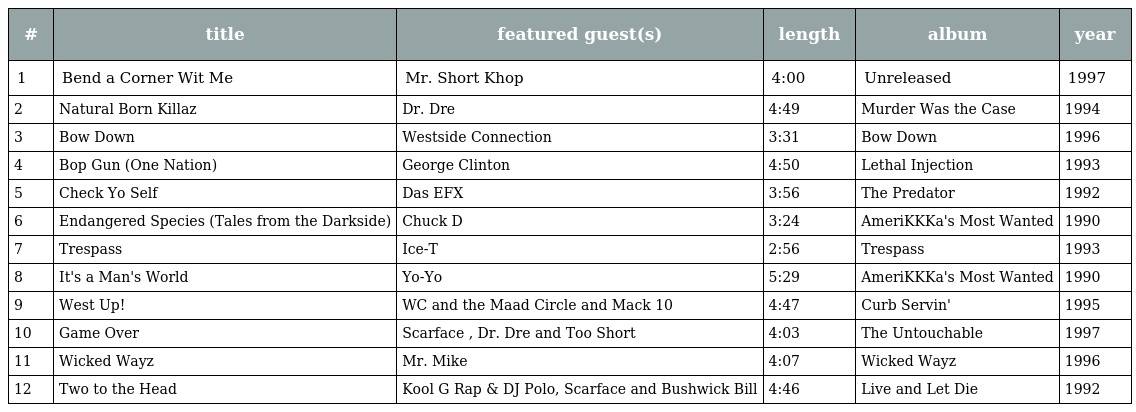
| # | title | featured guest(s) | length | album | year |
 | --- | --- | --- | --- | --- | --- |
 | 1 | Bend a Corner Wit Me | Mr. Short Khop | 4:00 | Unreleased | 1997 |
 | 2 | Natural Born Killaz | Dr. Dre | 4:49 | Murder Was the Case | 1994 |
 | 3 | Bow Down | Westside Connection | 3:31 | Bow Down | 1996 |
 | 4 | Bop Gun (One Nation) | George Clinton | 4:50 | Lethal Injection | 1993 |
 | 5 | Check Yo Self | Das EFX | 3:56 | The Predator | 1992 |
 | 6 | Endangered Species (Tales from the Darkside) | Chuck D | 3:24 | AmeriKKKa's Most Wanted | 1990 |
 | 7 | Trespass | Ice-T | 2:56 | Trespass | 1993 |
 | 8 | It's a Man's World | Yo-Yo | 5:29 | AmeriKKKa's Most Wanted | 1990 |
 | 9 | West Up! | WC and the Maad Circle and Mack 10 | 4:47 | Curb Servin' | 1995 |
 | 10 | Game Over | Scarface , Dr. Dre and Too Short | 4:03 | The Untouchable | 1997 |
 | 11 | Wicked Wayz | Mr. Mike | 4:07 | Wicked Wayz | 1996 |
 | 12 | Two to the Head | Kool G Rap & DJ Polo, Scarface and Bushwick Bill | 4:46 | Live and Let Die | 1992 |